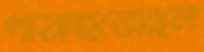
পাঠাইতেছিল